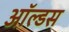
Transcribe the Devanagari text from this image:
ऑल्डस